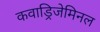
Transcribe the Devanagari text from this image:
कवाड्रिजेमिनल